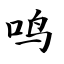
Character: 鸣